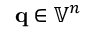
\mathbf { q } \in { \mathbb { V } } ^ { n }